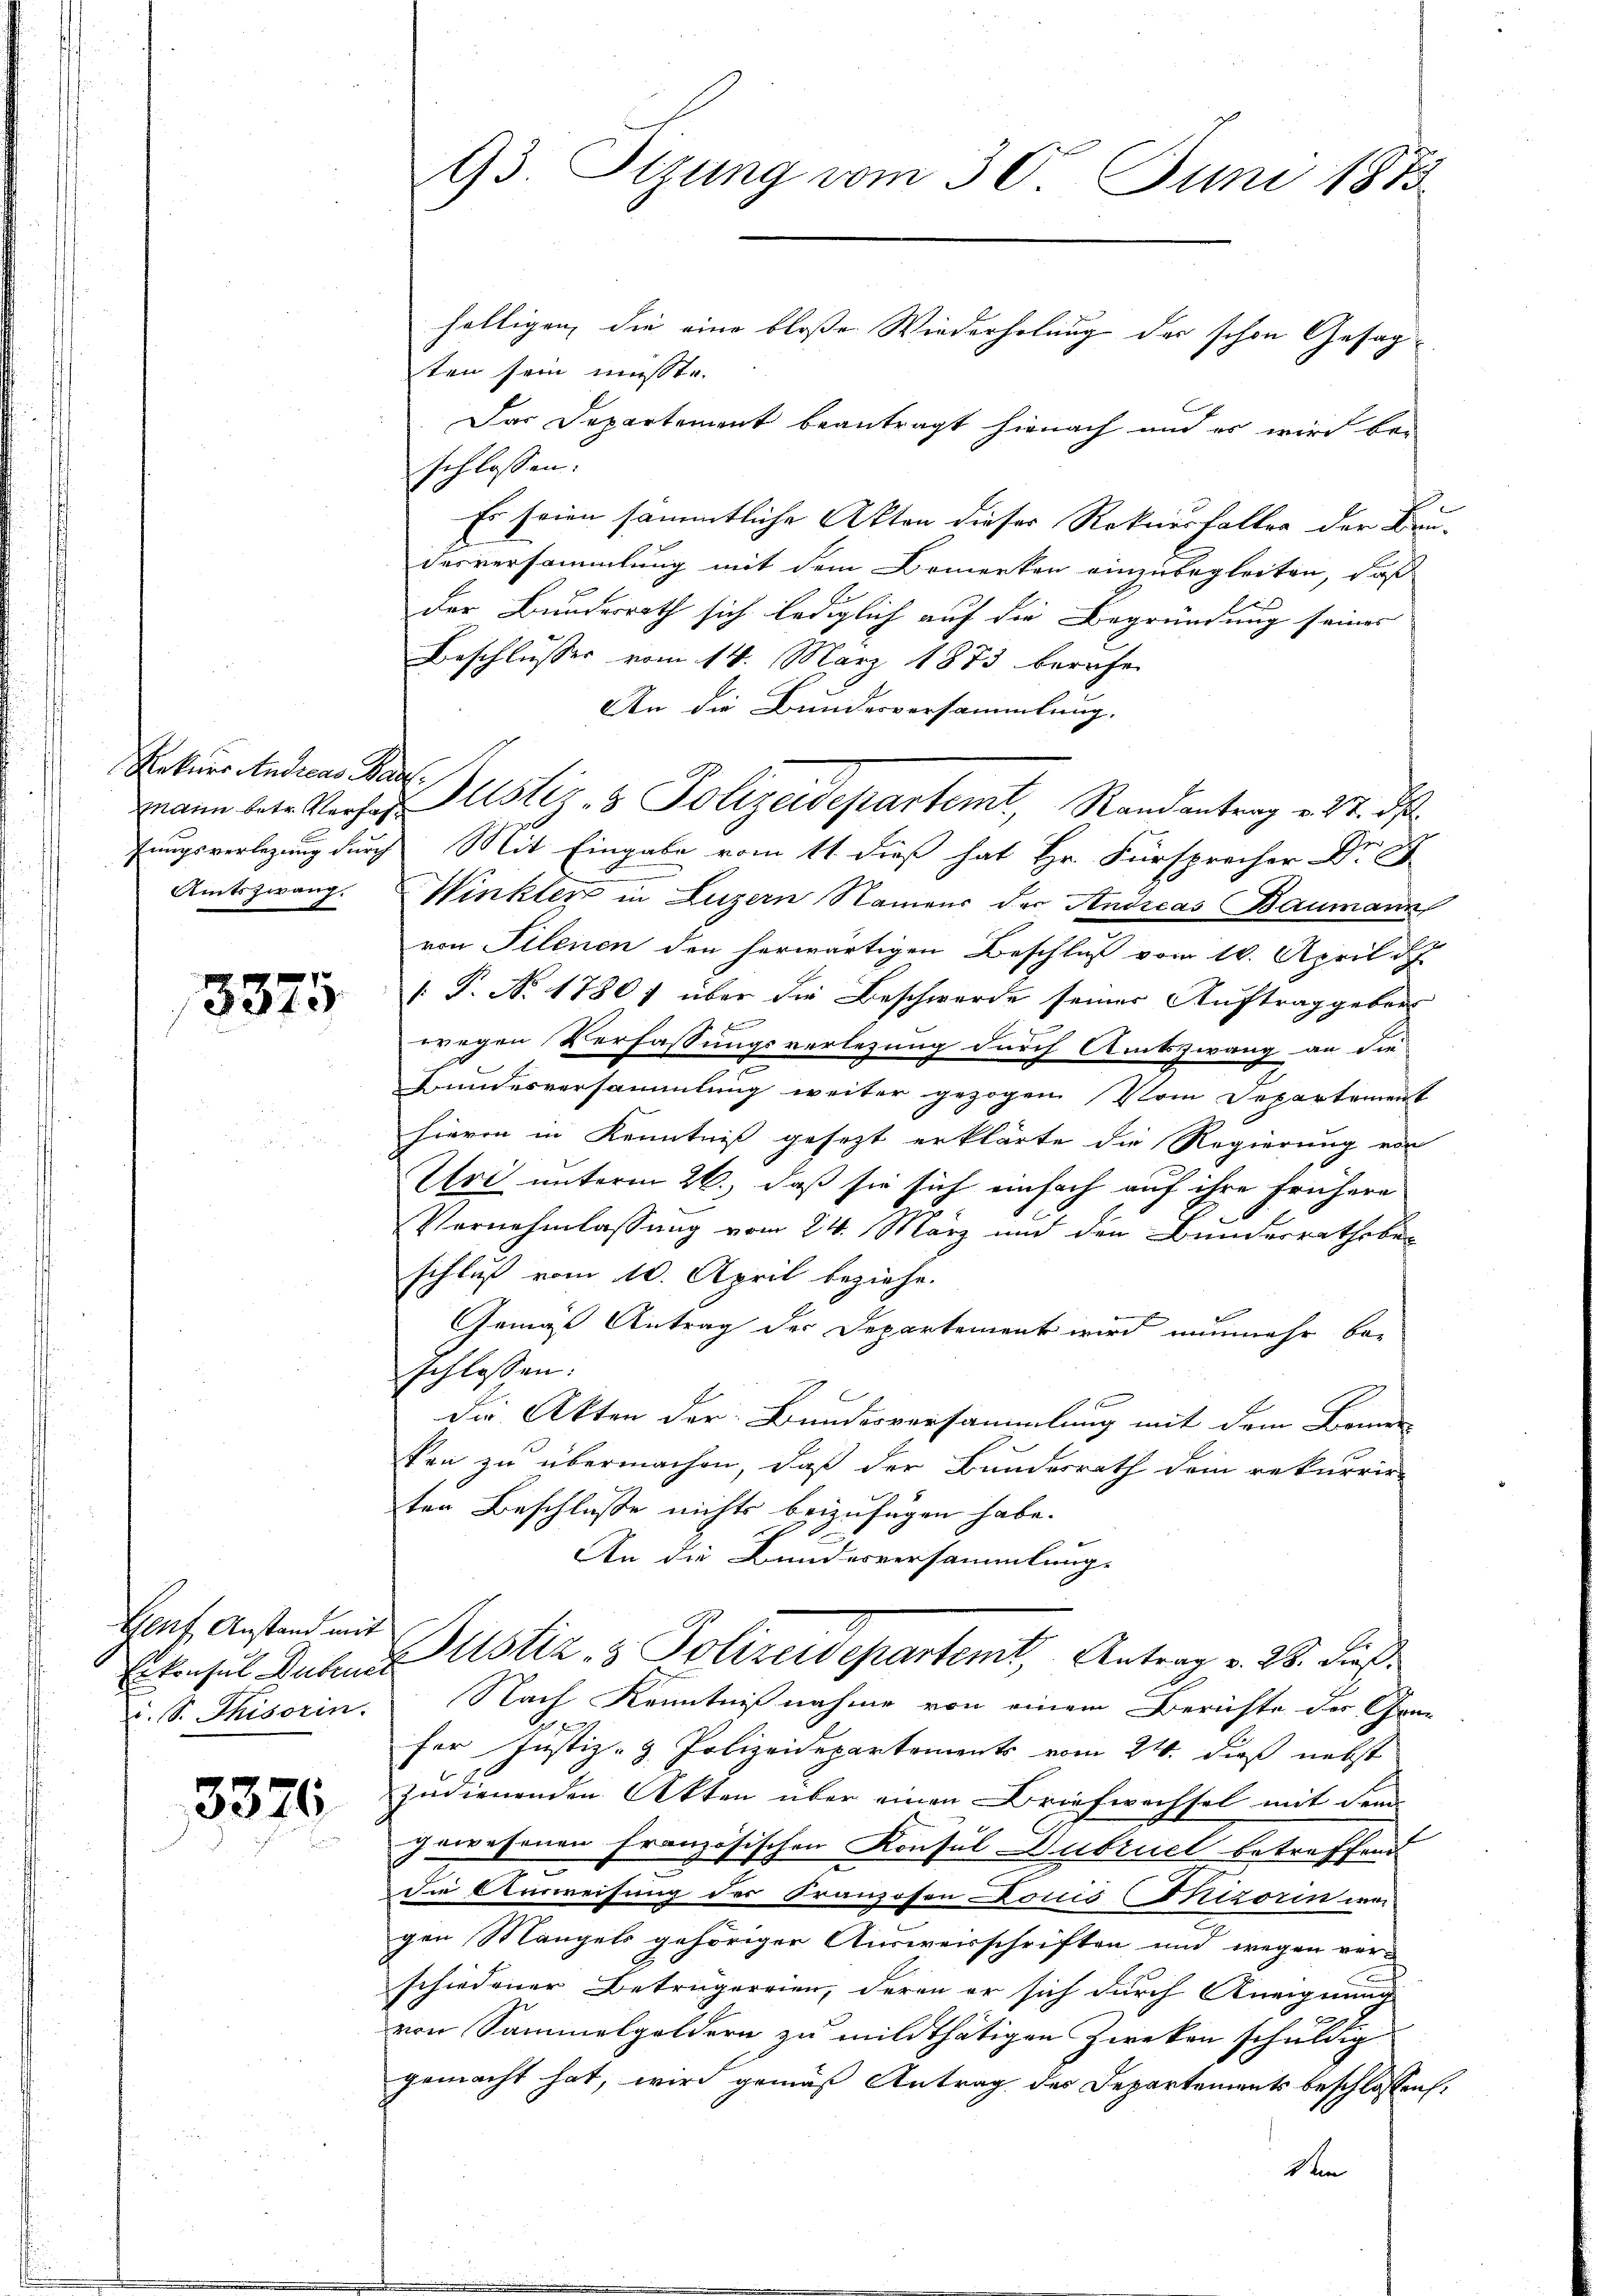
Rekurs Audicas Haus
Amtszwang.

13375

Geuf Anstand mit
d. S. Thisorin

3376

hältigen, die eine bloße Wiederholung der schon Gesagten sein müsste.
Das Departement beantragt hienach und es wird bei
schlossen:
Es seien sämmtliche Akten dieser Rekursfaller der Bau-
desversammlung mit dem Bemerken einzubegleiten, daß
der Bundesrath sich lediglich auf die Begründung seines
Beschlusses vom 14. März 1873 berufe
An die Bundesversammlung.
mann betr. Vorher Justiz- & Polizeidepartemt, Randantrag v. 27. ds.
fungsverlegung durch Mit Eingabe vom 11. dieß hat Hr. Fürsprecher Dr. A
Winkler in Luzern Namens der Andreas Baumann
von Filenen den herwärtigen Beschluß vom 10. April d
1. P. Nr. 17807 über die Beschwerde seiner Auftrag geberwegen Verfassungsverlegung durch Amtszwang an die
Bundesversammlung weiter gezogen Vom Departement
hievon in Kenntniß gesezt erklärte die Regierung von
Uri unterm 26., daß sie sich einfach auf ihre frühere
Vernehmlassung vom 24. März und den Bunderrathsber
schluß vom 10. April beziehe.
e
Gemäß Antrag der Departement wird nunmehr be-
schlossen.
Die Akten der Bundesversammlung mit dem Brunn
kon zu übermachen, daß der Bundesrath dem rekurrirten Beschlüsse nichts beizufügen habe.
An die Bundesversammlunge
Erkonsul Dabei Ustiz- & Polizeidepartemt, Antrag v. 28. dieß
Nach Kenntnißnahme von einem Berichte der Grun
e
für Justiz- & Polizeidepartements vom 24. dieß nebst
zudienenden Akten über einen Briefwechsel mit dem
gewesenen Französischen Konsul Dubruch betreffend
die Ausweisung der Franzosen Louis (Mizorin de
gen Mangels gehöriger Ausweisschriften und wegen ver-
schiedener Betrugereien, deren er sich durch Aneignung
von Sammelgoldern zu mildthätigen Zweken schuldig
gemacht hat, wird gemäß Antrag des Departements beschlossen,
den

93. Sizung vom 30. Juni 1873